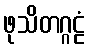
ဖုသိတဂ္ဂဠံ